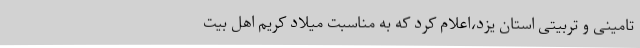
تامینی و تربیتی استان یزد،اعلام کرد که به مناسبت میلاد کریم اهل بیت